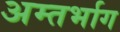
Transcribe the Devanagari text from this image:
अम्तर्भाग